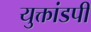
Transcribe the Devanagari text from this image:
युक्तांडपी